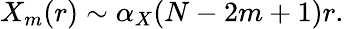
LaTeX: X_{m}(r)\sim\alpha_{X}(N-2m+1)r.